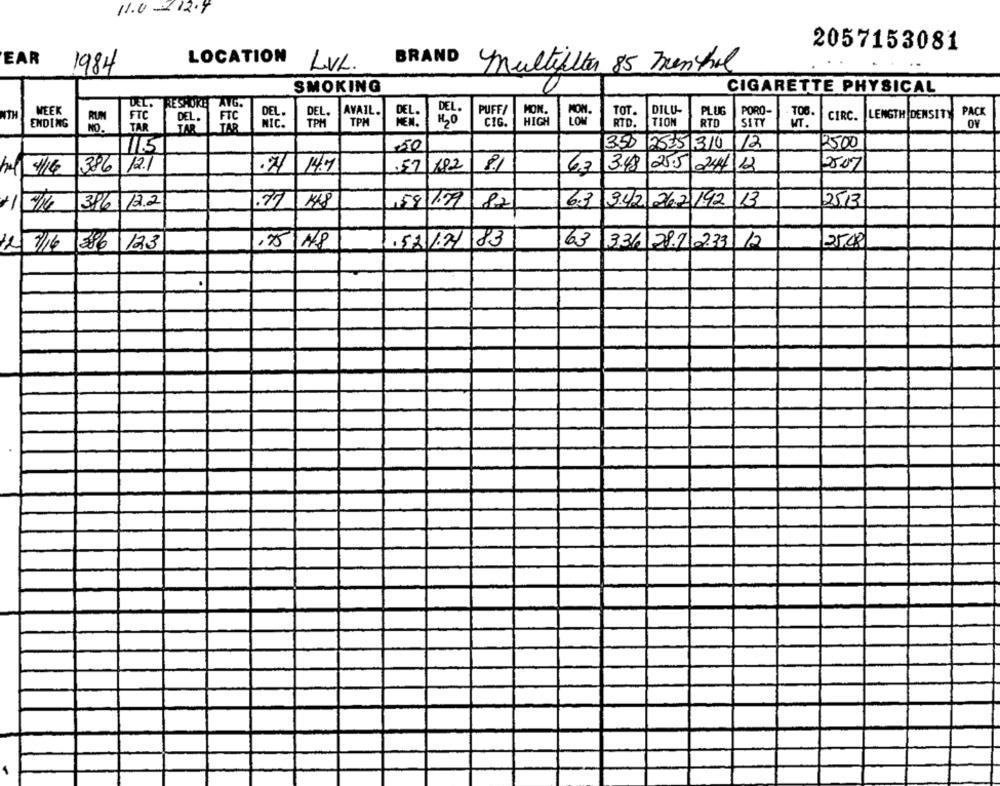
11.0-12.9
2057153081
EAR
LOCATION
BRAND
1984
LVL
Multifilter 85 menthol
SMOKING
0
CIGARETTE PHYSICAL
DEL.
MEEK
RESPOKE
AVG.
DEL.
PUFF/
MON.
TOT.
DILUI
PLUG
PORO-
TOB.
PACK
NTH
RUN
FTC
DEL.
FTC
DEL.
AVAIL.
DEL.
CIRC.
LENGTH DENSITY
ENDING
NO.
TAR
NIC.
TPM
TPM
MEN.
H2O
CIG.
HIGH
LOW
RTD.
TION
RTD
SITY
MT.
TAR 1
TAB
115
350 25751310
1/2
2500
50
12.1
25.07
4 4/16
386
. 27 14.7
.57
8
6:
3.48 25.5 2412
386 12.2
77
148
6.3
3.42 262 192 13
2513
10/16
/59/79 82
386 12.3
,25/18
.52/1/ 83
63
336 28.7 2.33 12
25,00
12/3/16